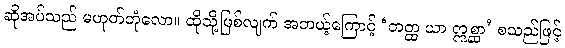
ဆိုအပ်သည် မဟုတ်တုံလော။ ထိုသို့ဖြစ်လျက် အဘယ့်ကြောင့် ‘တတ္ထ ယာ ဣစ္ဆာ’ စသည်ဖြင့်